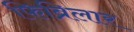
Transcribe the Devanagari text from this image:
फिब्रिलार